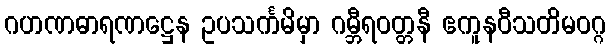
ဂဟဏဓာရဏဋ္ဌေန ဥပသင်္ကမိမှာ ဂမ္ဘီရဝတ္တနီ ဧကူနဝီသတိမဝဂ္ဂ